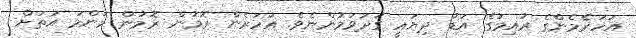
އަހަރެމެންގެ ރުއިމުގެ އަޑު ދިޔައީ ގަދަވަމުންނެވެ. އަހަރެން ރޮމުން ރޮމުން މަންމަ އަތަށް